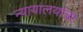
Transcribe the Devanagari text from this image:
न्यायालयांवर